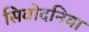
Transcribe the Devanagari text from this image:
सिवोदनिया